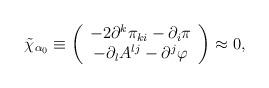
LaTeX: \begin{align*}\tilde{\chi}_{\alpha _{0}}\equiv \left( \begin{array}{c}-2\partial ^{k}\pi _{ki}-\partial _{i}\pi \\ -\partial _{l}A^{lj}-\partial ^{j}\varphi \end{array}\right) \approx 0, \end{align*}